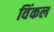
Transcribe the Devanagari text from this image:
विंकल